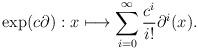
LaTeX: \begin{align*}\exp(c \partial): x\longmapsto\sum_{i=0}^{\infty} \frac{c^i}{i!} \partial^i(x){}.\end{align*}